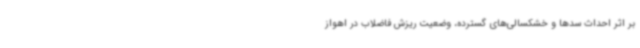
بر اثر احداث سدها و خشکسالی‌های گسترده، وضعیت ریزش فاضلاب در اهواز